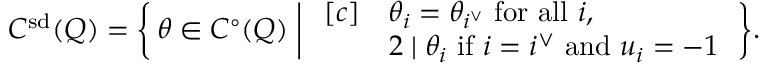
C ^ { \smash { \mathrm { s d } } } ( Q ) = \biggl \{ \, \theta \in C ^ { \circ } ( Q ) \biggm | \begin{array} { r l } { [ c ] } & { \theta _ { i } = \theta _ { \smash { i ^ { \vee } } } \mathrm { ~ f o r ~ a l l ~ } i , } \\ & { 2 \mid \theta _ { i } \mathrm { ~ i f ~ } i = i ^ { \vee } \mathrm { ~ a n d ~ } u _ { i } = - 1 } \end{array} \, \biggr \} .